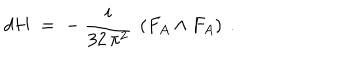
LaTeX: d H \; = \; - ~ \frac { i } { 3 2 \, \pi ^ { 2 } } ~ \left( F _ { A } \wedge F _ { A } \right) ~ .